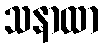
သနာထာ